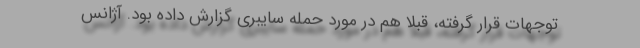
توجهات قرار گرفته، قبلا هم در مورد حمله سایبری گزارش داده بود. آژانس